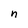
Character: n